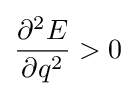
{\frac {\partial ^{2}E}{\partial q^{2}}}>0